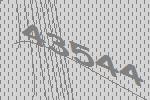
43544